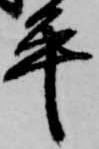
平